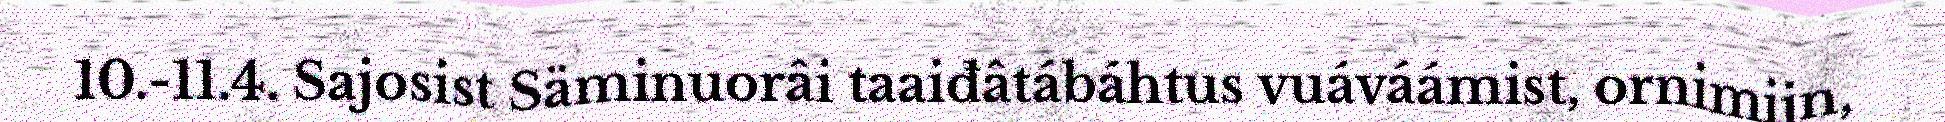
10.-11.4. Sajosist Säminuorâi taaiđâtábáhtus vuáváámist, ornimijn,